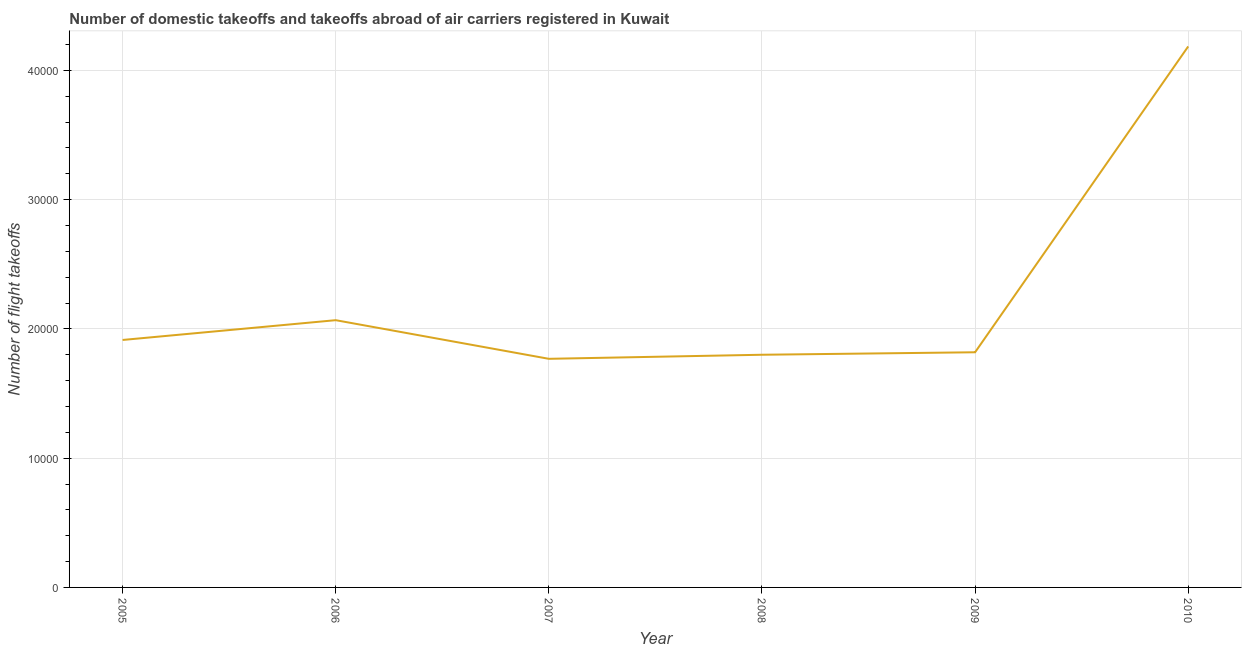
| Year | Air transport |
 | --- | --- |
 | 2005 | 1.91e+04 |
 | 2006 | 2.07e+04 |
 | 2007 | 1.77e+04 |
 | 2008 | 1.8e+04 |
 | 2009 | 1.82e+04 |
 | 2010 | 4.18e+04 |